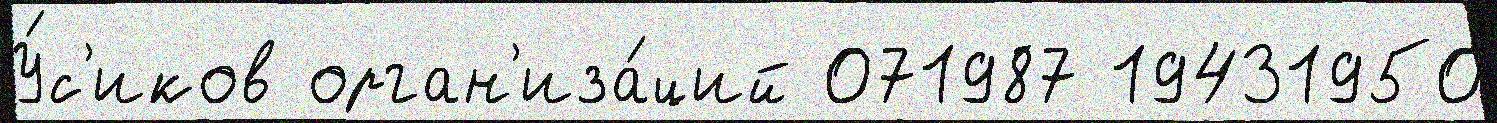
У́с'иков орган'иза́ций 071987 19431950